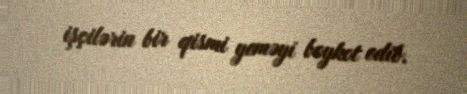
işçilərin bir qismi yeməyi boykot edib.